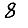
Digit: 8